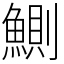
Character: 鰂